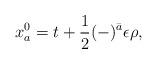
LaTeX: \begin{align*}x_a^0 = t + \frac{1}{2}(-)^{\bar a} \epsilon\rho,\end{align*}